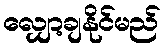
လျှော့ချနိုင်မည်